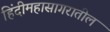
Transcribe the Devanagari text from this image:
हिंदीमहासागरातील